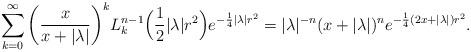
LaTeX: \begin{align*}\sum_{k=0}^\infty \bigg(\frac{x}{x+|\lambda|}\bigg)^k L_k^{n-1}\Big( \frac12|\lambda|r^2\Big)e^{-\frac14|\lambda|r^2} = |\lambda|^{-n} (x+|\lambda|)^ne^{-\frac14(2x+|\lambda|)r^2}.\end{align*}